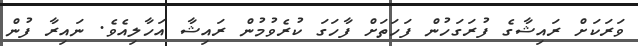
ވަރަކަށް ރައިޝާގެ ފުރަގަހުން ފަހަތަށް ފާހަގަ ކުރެވުމުން ރައިޝާ އަހާލިއެވެ. ނައިރާ ފުން